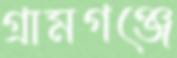
গ্রামগঞ্জে